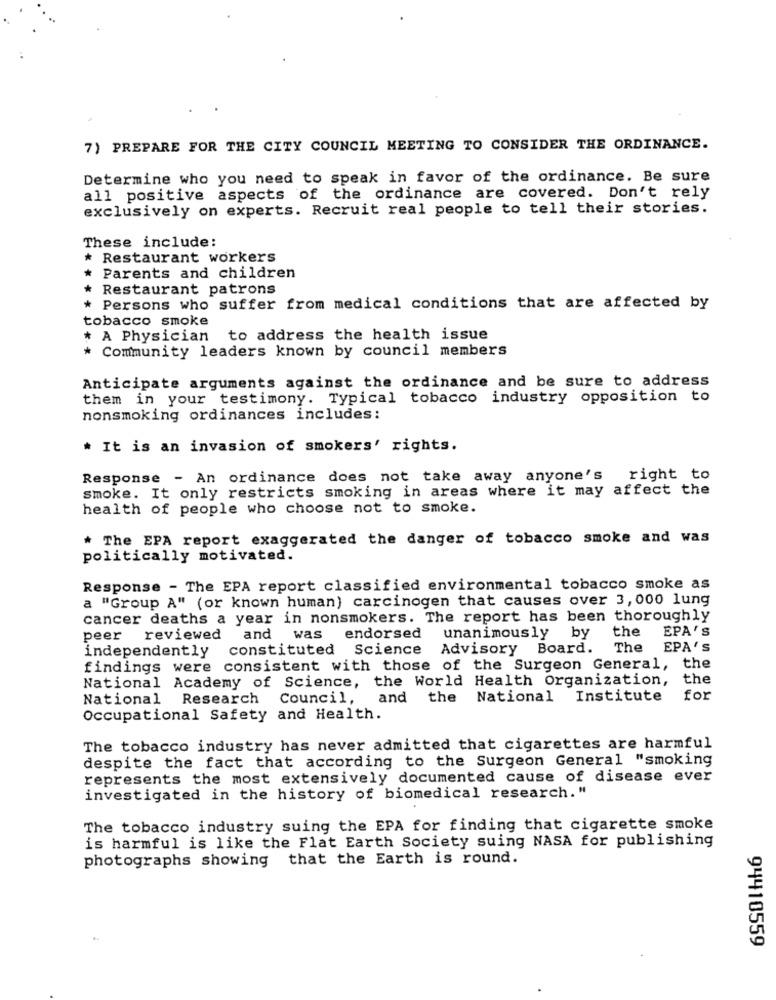
7) PREPARE FOR THE CITY COUNCIL MEETING TO CONSIDER THE ORDINANCE.
Determine who you need to speak in favor of the ordinance. Be sure
all positive aspects of the ordinance are covered. Don't rely
exclusively on experts. Recruit real people to tell their stories.
These include:
* Restaurant workers
* Parents and children
* Restaurant patrons
* Persons who suffer from medical conditions that are affected by
tobacco smoke
* A Physician to address the health issue
* Community leaders known by council members
Anticipate arguments against the ordinance and be sure to address
them in your testimony. Typical tobacco industry opposition to
nonsmoking ordinances includes:
* It is an invasion of smokers' rights.
Response - An ordinance does not take away anyone's
right to
smoke. It only restricts smoking in areas where it may affect the
health of people who choose not to smoke.
* The EPA report exaggerated the danger of tobacco smoke and was
politically motivated.
Response - The EPA report classified environmental tobacco smoke as
a "Group A" (or known human) carcinogen that causes over 3,000 lung
cancer deaths a year in nonsmokers. The report has been thoroughly
the
EPA'S
peer reviewed
and was endorsed
unanimously
by
independently
constituted Science Advisory Board.
The EPA'S
findings were consistent with those of the Surgeon General, the
National Academy of Science, the World Health Organization,
the
National Research
Council, and the National Institute
for
Occupational Safety and Health.
The tobacco industry has never admitted that cigarettes are harmful
despite the fact that according to the Surgeon General "smoking
represents the most extensively documented cause of disease ever
investigated in the history of biomedical research. "
The tobacco industry suing the EPA for finding that cigarette smoke
is harmful is like the Flat Earth Society suing NASA for publishing
photographs showing that the Earth is round.
94410559